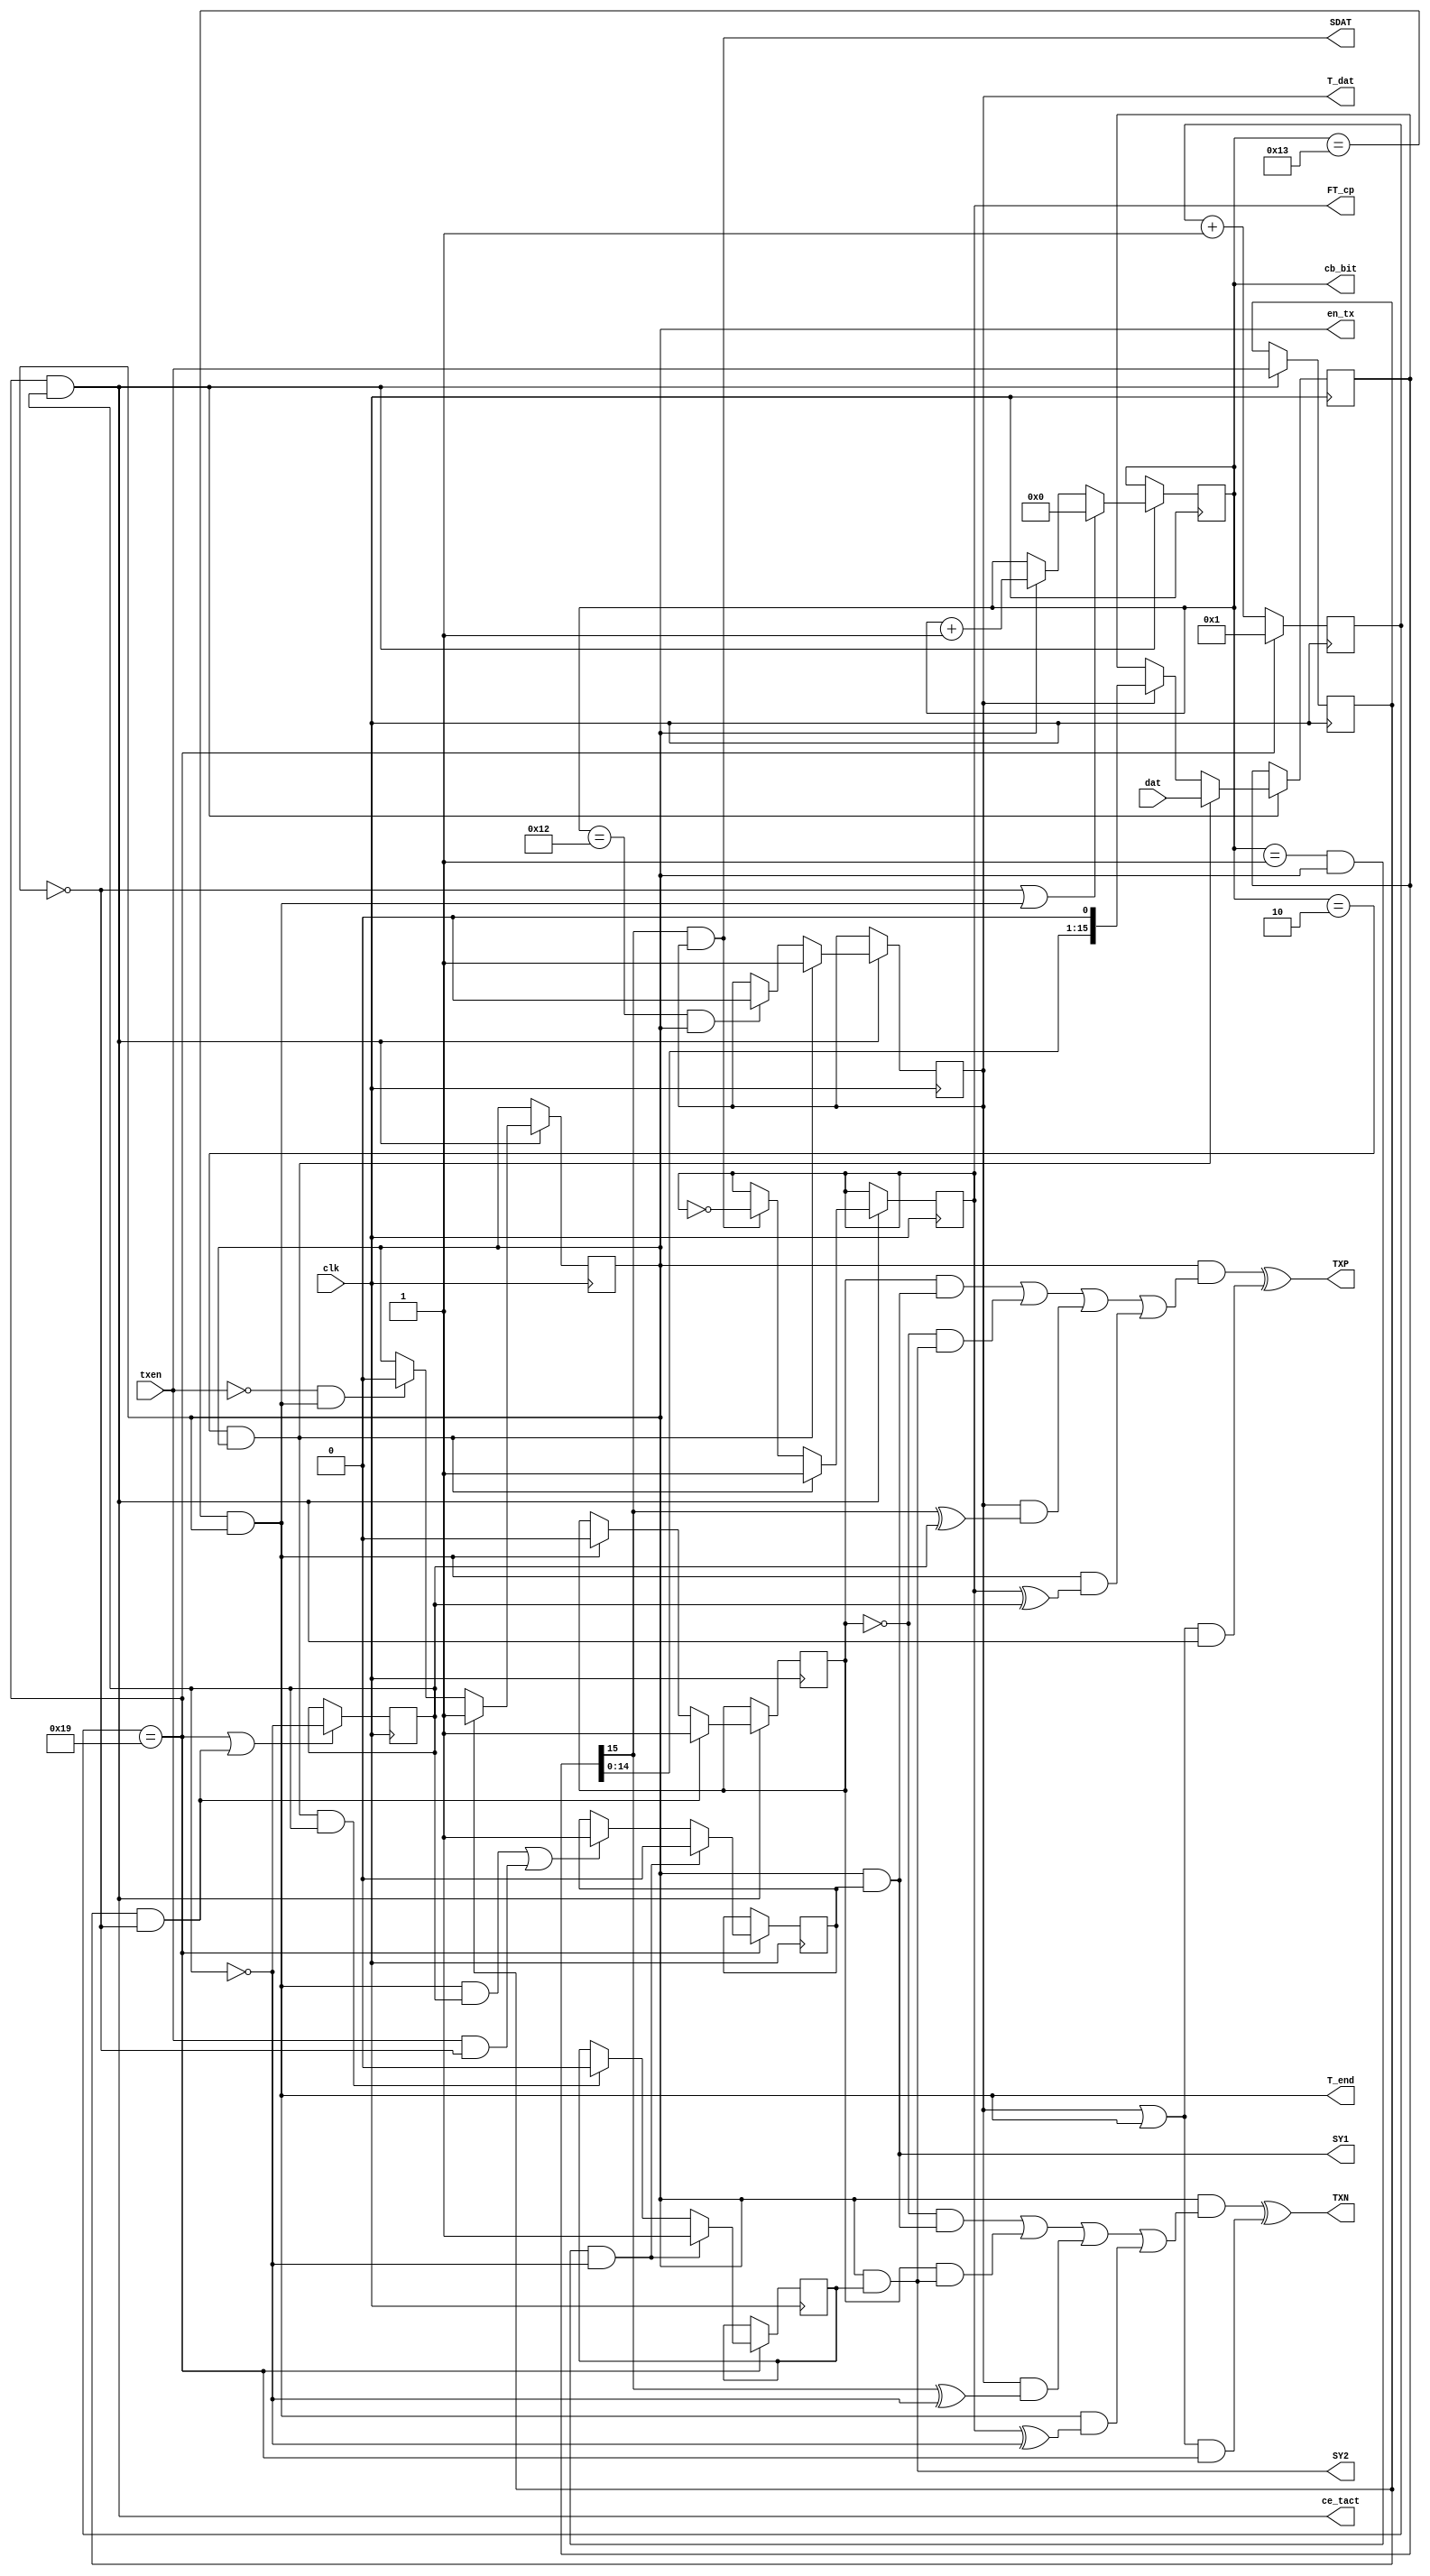
`timescale 1ns / 1ps
//////////////////////////////////////////////////////////////////////////////////
// Company: 
// Engineer: 
// 
// Design Name: 
// Module Name:    MIL_TXD 
// Project Name: 
// Target Devices: 
// Tool versions: 
// Description: 
//
// Dependencies: 
//
// Revision: 
// Revision 0.01 - File Created
// Additional Comments: 
//
//////////////////////////////////////////////////////////////////////////////////
module MIL_TXD	( 	input clk, 			output wire TXP,            // "" 
                    input	[15:0]dat, 	output wire TXN,            // "" 
                    input txen, 		output wire SY1,            //   
                                        output wire SY2, 			//   
                                        output reg 	en_tx=0, 		//  
                                        output reg 	T_dat=0, 		//  
                                        output wire T_end, 			//   
                                        output wire SDAT, 			//  
                                        output reg 	FT_cp=0, 		//  
                                        output reg 	[4:0]cb_bit =0,	//   
                                        output wire ce_tact);

    parameter TXvel = 1000000 ; 					// 1MHz
    parameter Fclk  = 50000000 ; 					// 50 MHz

    reg [5:0]cb_ce  =0;                             //  

    wire ce         = (cb_ce == (Fclk /(2*TXvel))); // cb_ce == 25

    reg bf_SY1  = 0, bf_SY2 = 0;                    //   
    reg CW_DW   = 0;                                //  : CW_DW=1 -  , CW_DW=0 -  
    reg ttxen   = 0;                                //   Tce_tact  
    reg QM      = 0;                                // 

    assign ce_tact = ce & QM; 						// Tce_tact=Tbit=1us
    wire start = ttxen & !en_tx; 					//   
    assign SY1 = en_tx & bf_SY1; 					//   
    assign SY2 = en_tx & bf_SY2; 					//   

    reg [15:0]sr_dat=0 ; 							//   

    wire st1    = (cb_bit==1)   & en_tx;            //   1-  
    wire st2    = (cb_bit==2)   & en_tx;            //   2-  
    wire st18   = (cb_bit==18)  & en_tx;            //  

    assign T_end= (cb_bit==19) & en_tx; 			// ,   
    assign TXP  =   (en_tx & (( CW_DW & SY1)    |   //"" 
                    (!CW_DW & SY2)              |
                    (T_dat & (sr_dat[15] ^ QM)) |
                    (T_end & (FT_cp ^ QM)))) ^ ((T_dat | T_end) & ce_tact);

    assign TXN =    (en_tx & ((!CW_DW & SY1)    |   //"" 
                    (CW_DW & SY2)               |
                    (T_dat & (sr_dat[15]^!QM))  |
                    (T_end & (FT_cp ^ !QM)))) ^ ((T_dat | T_end) & ce);

    assign SDAT = sr_dat[15] & T_dat ; 				//  

    always @ (posedge clk) begin
        cb_ce   <= ce           ? 1     : cb_ce+1;  //Tcet=Tbit/2=0.5us
        QM      <= (ce | start) ? !QM   : QM;       //     
    end

    always @ (posedge clk) if (ce) begin
        bf_SY1  <= (st1 & !QM)? 0 : ((T_end & QM) | (txen & !en_tx))? 1 : bf_SY1;
        bf_SY2  <= (st1 & !QM)? 1 : (st2 & QM)? 0 : bf_SY2;
    end

    always @ (posedge clk) if (ce_tact) begin
        ttxen   <= txen; 							//  Tce_tact
        en_tx   <= ttxen? 1 : (!txen & T_end)? 0 : en_tx;
        cb_bit  <= (!en_tx | T_end)? 0 : en_tx? cb_bit+1 : cb_bit;
        T_dat   <= st2  ? 1 : st18? 0 : T_dat;
        sr_dat  <= st2  ? dat : T_dat? sr_dat<<1 : sr_dat;
        FT_cp   <= st2  ? 1 : (T_dat & sr_dat[15])? !FT_cp : FT_cp;
        CW_DW   <= start? 1 : T_end? 0 : CW_DW; //
    end

endmodule